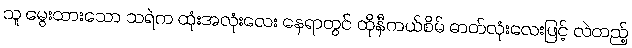
သူ မွေးထားသော သရဲက ထုံးအလုံးလေး နေရာတွင် ထိုနီကယ်စိမ် ဓာတ်လုံးလေးဖြင့် လဲထည့်